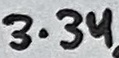
Text: 3.3u